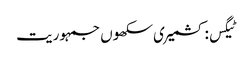
ٹیگس: کشمیری سکھوں جمہوریت